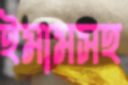
ইমামসহ